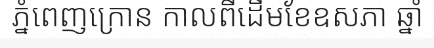
ភ្នំពេញក្រោន កាលពីដើមខែឧសភា ឆ្នាំ